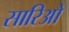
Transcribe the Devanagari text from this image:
सारिओ